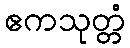
ဧကသုတ္တံ